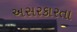
અસરકારતા